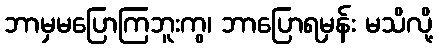
ဘာမှမပြောကြဘူးကွ၊ ဘာပြောရမှန်း မသိလို့